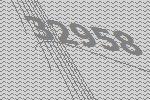
32958